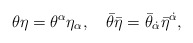
\begin{align*}\theta \eta = \theta^{\alpha} \eta_{\alpha}, \quad \bar{\theta} \bar{\eta} = \bar{\theta}_{\dot{\alpha}} \bar{\eta}^{\dot{\alpha}},\end{align*}